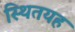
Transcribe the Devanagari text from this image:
स्थितयह